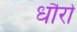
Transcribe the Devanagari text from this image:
धौरो